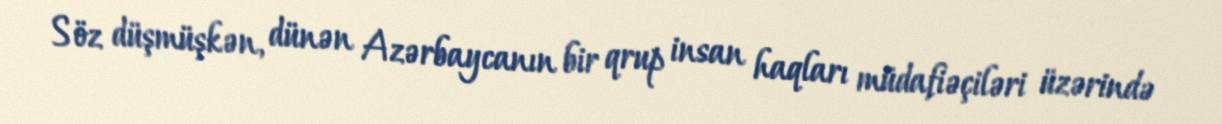
Söz düşmüşkən, dünən Azərbaycanın bir qrup insan haqları müdafiəçiləri üzərində